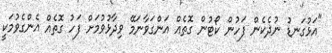
"އަޅުގަނޑު ނުދެކެން ފަހުން ކޯޓުން ގޮތެއް އަންގަވާނަމޭ ވިދާޅުވުމަށް ފަހު ގޮތެއް އެންގެވުމަކީ